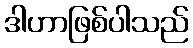
ဒါဟာဖြစ်ပါသည်